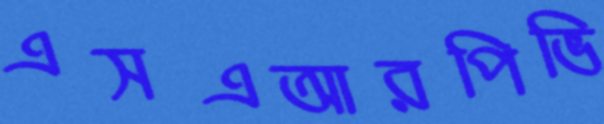
এসএআরপিভি